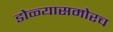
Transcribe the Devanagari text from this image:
डोळ्यासमोरच